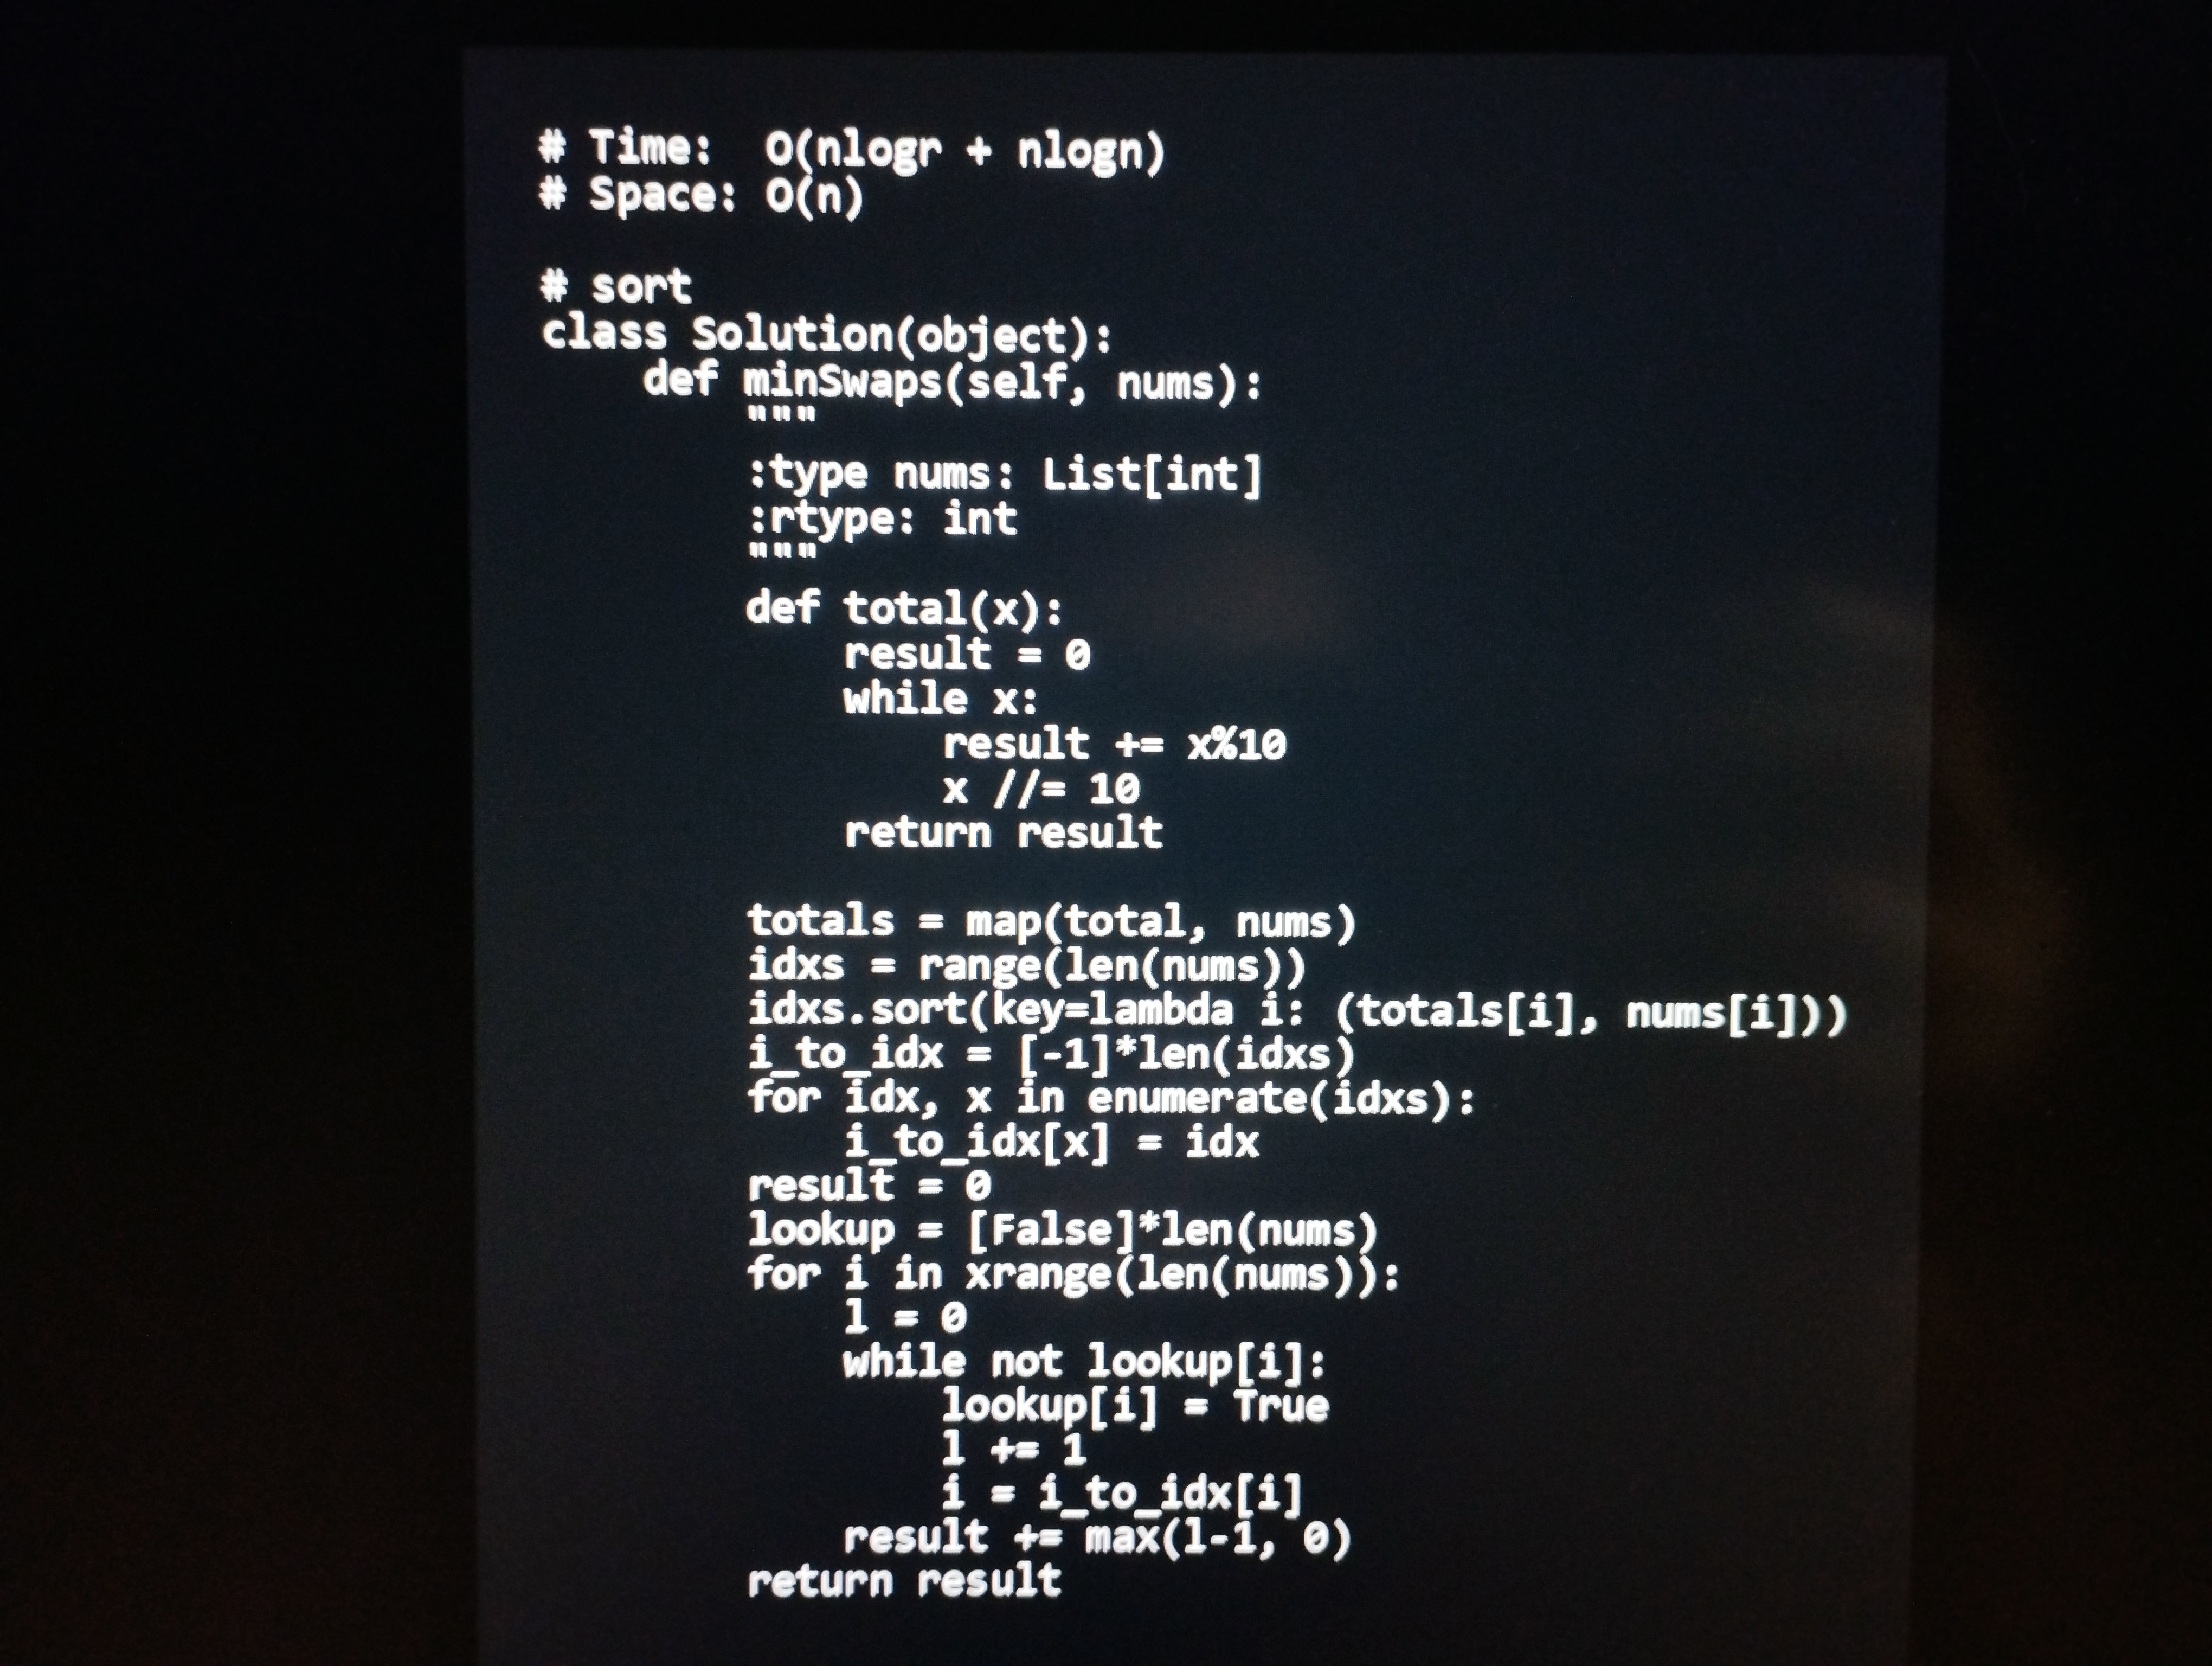
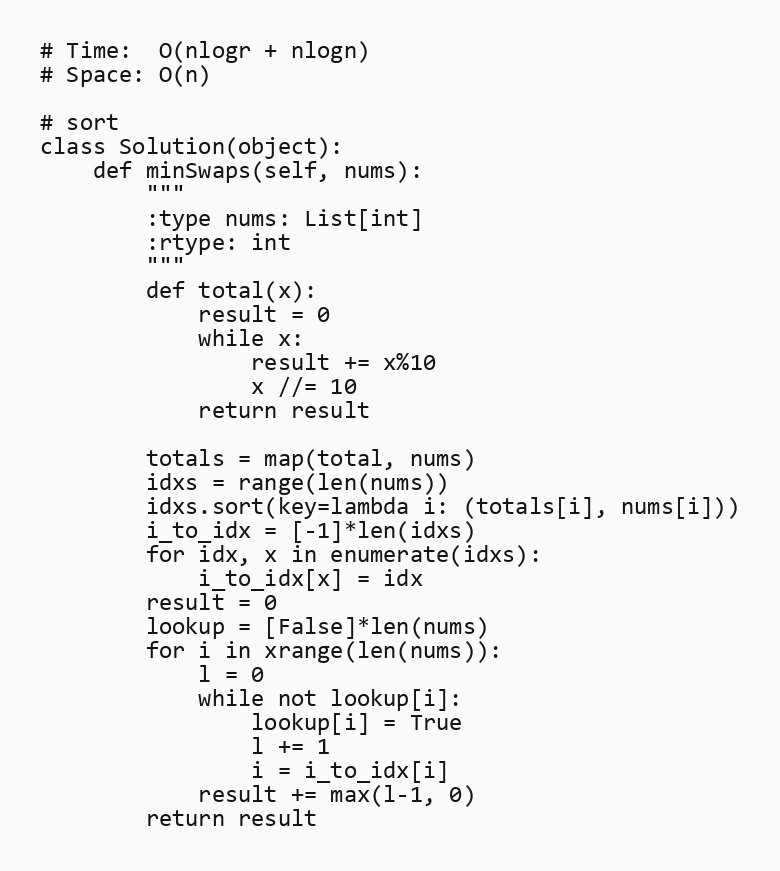
# Time:  O(nlogr + nlogn)
# Space: O(n)

# sort
class Solution(object):
    def minSwaps(self, nums):
        """
        :type nums: List[int]
        :rtype: int
        """
        def total(x):
            result = 0
            while x:
                result += x%10
                x //= 10
            return result

        totals = map(total, nums)
        idxs = range(len(nums))
        idxs.sort(key=lambda i: (totals[i], nums[i]))
        i_to_idx = [-1]*len(idxs)
        for idx, x in enumerate(idxs):
            i_to_idx[x] = idx
        result = 0
        lookup = [False]*len(nums)
        for i in xrange(len(nums)):
            l = 0
            while not lookup[i]:
                lookup[i] = True
                l += 1
                i = i_to_idx[i]
            result += max(l-1, 0)
        return result